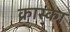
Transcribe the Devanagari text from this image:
क्रास्का